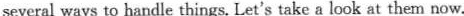
several ways to handle things. Let's take a look at them now.